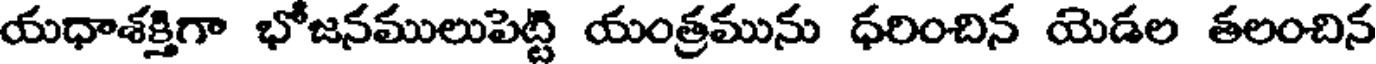
యధాశక్తిగా భోజనములుపెట్టి యంత్రమును ధరించిన యెడల తలంచిన